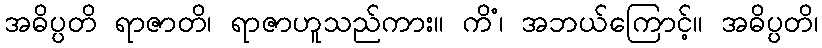
အဓိပ္ပတိ ရာဇာတိ၊ ရာဇာဟူသည်ကား။ ကိံ၊ အဘယ်ကြောင့်။ အဓိပ္ပတိ၊